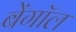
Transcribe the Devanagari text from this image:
बेंगाॅल